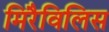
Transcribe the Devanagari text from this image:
मिरैविलिस